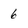
Character: 6